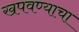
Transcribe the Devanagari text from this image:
खपवण्याचा